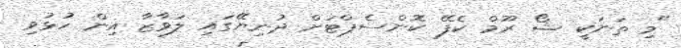
"މި ތަނަކީ ޝޯ ރޫމް ކެފޭ ކޮންސެޕްޓަށް ދުނިޔޭގައި ލަވާޒާ އިން ހުޅުވި